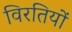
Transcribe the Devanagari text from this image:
विरतियों